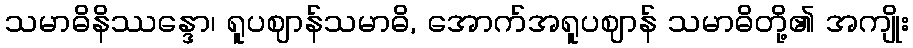
သမာဓိနိဿန္ဒော၊ ရူပဈာန်သမာဓိ, အောက်အရူပဈာန် သမာဓိတို့၏ အကျိုး